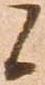
候